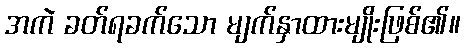
အကဲ ခတ်ရခက်သော မျက်နှာထားမျိုးဖြစ်၏။